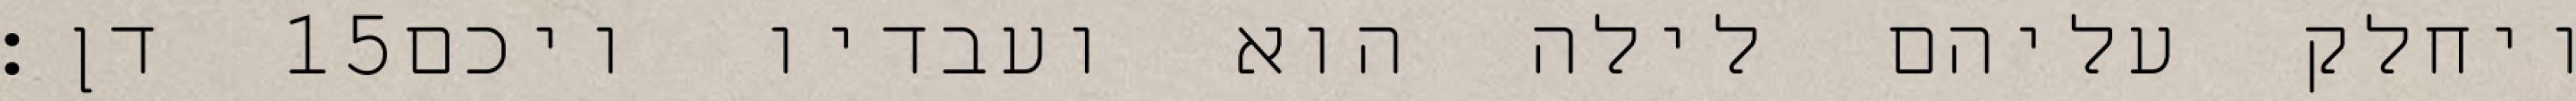
דן׃ ‎15‏ ויחלק עליהם לילה הוא ועבדיו ויכם